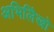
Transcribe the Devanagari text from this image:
अभिलिेखो